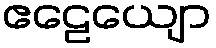
ဧဠေယျော